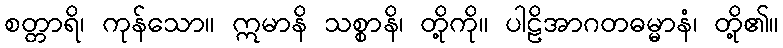
စတ္တာရိ၊ ကုန်သော။ ဣမာနိ သစ္စာနိ၊ တို့ကို။ ပါဠိအာဂတဓမ္မာနံ၊ တို့၏။